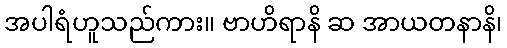
အပါရံဟူသည်ကား။ ဗာဟိရာနိ ဆ အာယတနာနိ၊